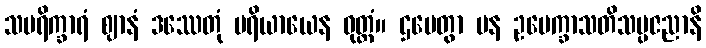
သပရိက္ခာရံ ဈာနံ ဒဿေတုံ ပရိယာယေန ဝုတ္တံ။ ဌပေတွာ ပန ဥပေက္ခာသတိသမ္ပဇညာနိ